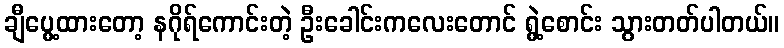
ချီပွေ့ထားတော့ နဂိုရ်ကောင်းတဲ့ ဦးခေါင်းကလေးတောင် ရွဲ့စောင်း သွားတတ်ပါတယ်။